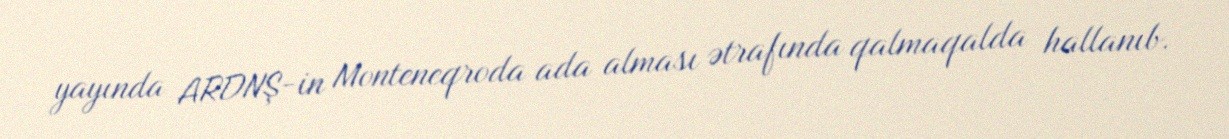
yayında ARDNŞ-in Monteneqroda ada alması ətrafında qalmaqalda hallanıb.